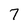
Character: 7